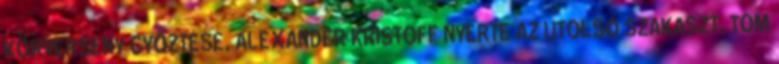
KÖRVERSENY GYŐZTESE, ALEXANDER KRISTOFF NYERTE AZ UTOLSÓ SZAKASZT, TOM